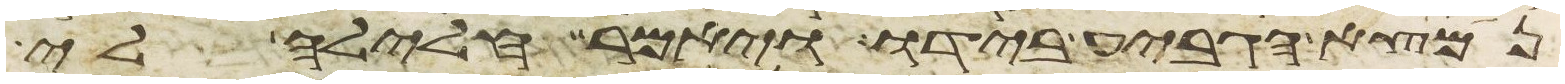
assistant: נמצא הגביע בידו ויאמר חלילה לי